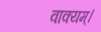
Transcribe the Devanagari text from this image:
वाक्यम्।